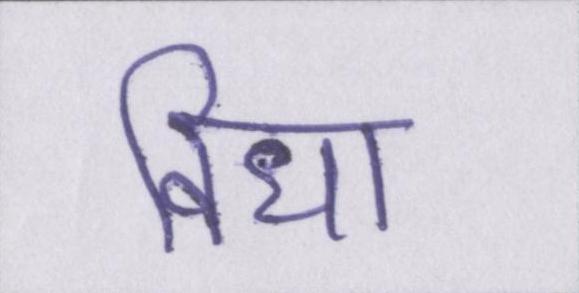
विधा